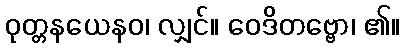
ဝုတ္တနယေနဝ၊ လျှင်။ ဝေဒိတဗ္ဗော၊ ၏။